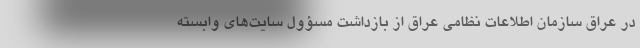
در عراق سازمان اطلاعات نظامی عراق از بازداشت مسؤول سایت‌های وابسته